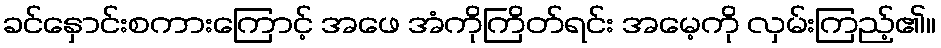
ခင်နှောင်းစကားကြောင့် အဖေ အံကိုကြိတ်ရင်း အမေ့ကို လှမ်းကြည့်၏။